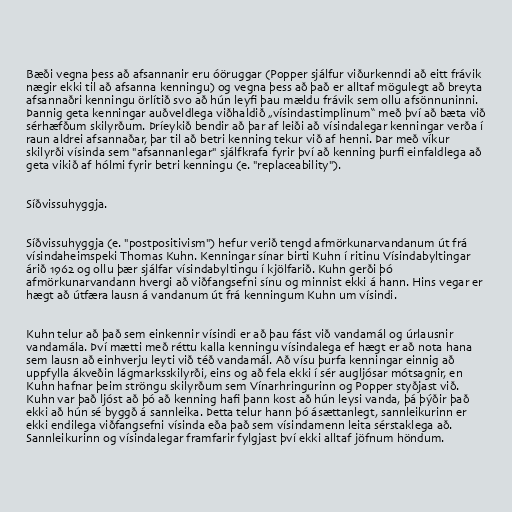
Bæði vegna þess að afsannanir eru óöruggar (Popper sjálfur viðurkenndi að eitt frávik
nægir ekki til að afsanna kenningu) og vegna þess að það er alltaf mögulegt að breyta
afsannaðri kenningu örlítið svo að hún leyfi þau mældu frávik sem ollu afsönnuninni.
Þannig geta kenningar auðveldlega viðhaldið „vísindastimplinum“ með því að bæta við
sérhæfðum skilyrðum. Þríeykið bendir að þar af leiði að vísindalegar kenningar verða í
raun aldrei afsannaðar, þar til að betri kenning tekur við af henni. Þar með víkur
skilyrði vísinda sem "afsannanlegar" sjálfkrafa fyrir því að kenning þurfi einfaldlega að
geta vikið af hólmi fyrir betri kenningu (e. "replaceability").

Síðvissuhyggja.

Síðvissuhyggja (e. "postpositivism") hefur verið tengd afmörkunarvandanum út frá
vísindaheimspeki Thomas Kuhn. Kenningar sínar birti Kuhn í ritinu Vísindabyltingar
árið 1962 og ollu þær sjálfar vísindabyltingu í kjölfarið. Kuhn gerði þó
afmörkunarvandann hvergi að viðfangsefni sínu og minnist ekki á hann. Hins vegar er
hægt að útfæra lausn á vandanum út frá kenningum Kuhn um vísindi.

Kuhn telur að það sem einkennir vísindi er að þau fást við vandamál og úrlausnir
vandamála. Því mætti með réttu kalla kenningu vísindalega ef hægt er að nota hana
sem lausn að einhverju leyti við téð vandamál. Að vísu þurfa kenningar einnig að
uppfylla ákveðin lágmarksskilyrði, eins og að fela ekki í sér augljósar mótsagnir, en
Kuhn hafnar þeim ströngu skilyrðum sem Vínarhringurinn og Popper styðjast við.
Kuhn var það ljóst að þó að kenning hafi þann kost að hún leysi vanda, þá þýðir það
ekki að hún sé byggð á sannleika. Þetta telur hann þó ásættanlegt, sannleikurinn er
ekki endilega viðfangsefni vísinda eða það sem vísindamenn leita sérstaklega að.
Sannleikurinn og vísindalegar framfarir fylgjast því ekki alltaf jöfnum höndum.